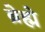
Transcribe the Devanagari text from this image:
ब्रेह्मे